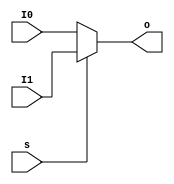
`timescale 1ns / 1ps
//////////////////////////////////////////////////////////////////////////////////
// Company: 
// Engineer: 
// 
// Design Name: 
// Module Name:    MUX2T1_32 
// Project Name: 
// Target Devices: 
// Tool versions: 
// Description: 
//
// Dependencies: 
//
// Revision: 
// Revision 0.01 - File Created
// Additional Comments: 
//
//////////////////////////////////////////////////////////////////////////////////
module MUX2T1_32(input [31:0] I0,
	input[31:0] I1, 
	input s, 
	output [31:0] o
    );
	assign o=(s==0)?I0:I1;
endmodule